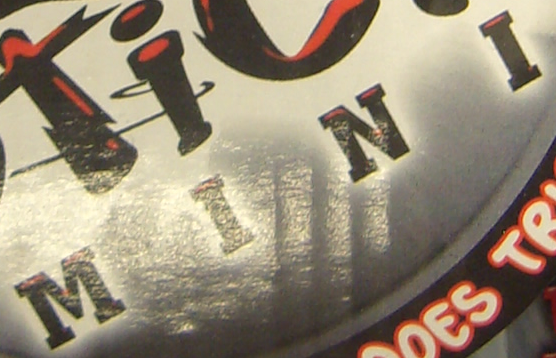
MINI